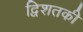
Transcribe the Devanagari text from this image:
द्विशतकी